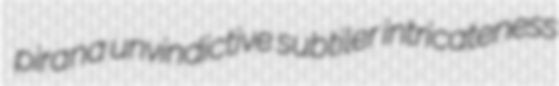
pirana unvindictive subtiler intricateness